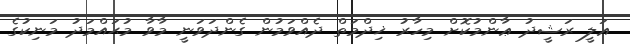
ޢަލީ ރަޝީދު ޢާންމުކޮށް މިހާރު ޚިދްމަތް ދެއްވަމުން ގެންދަވަނީ މާވާ މުޙައްމަދު މަނިކުގެ